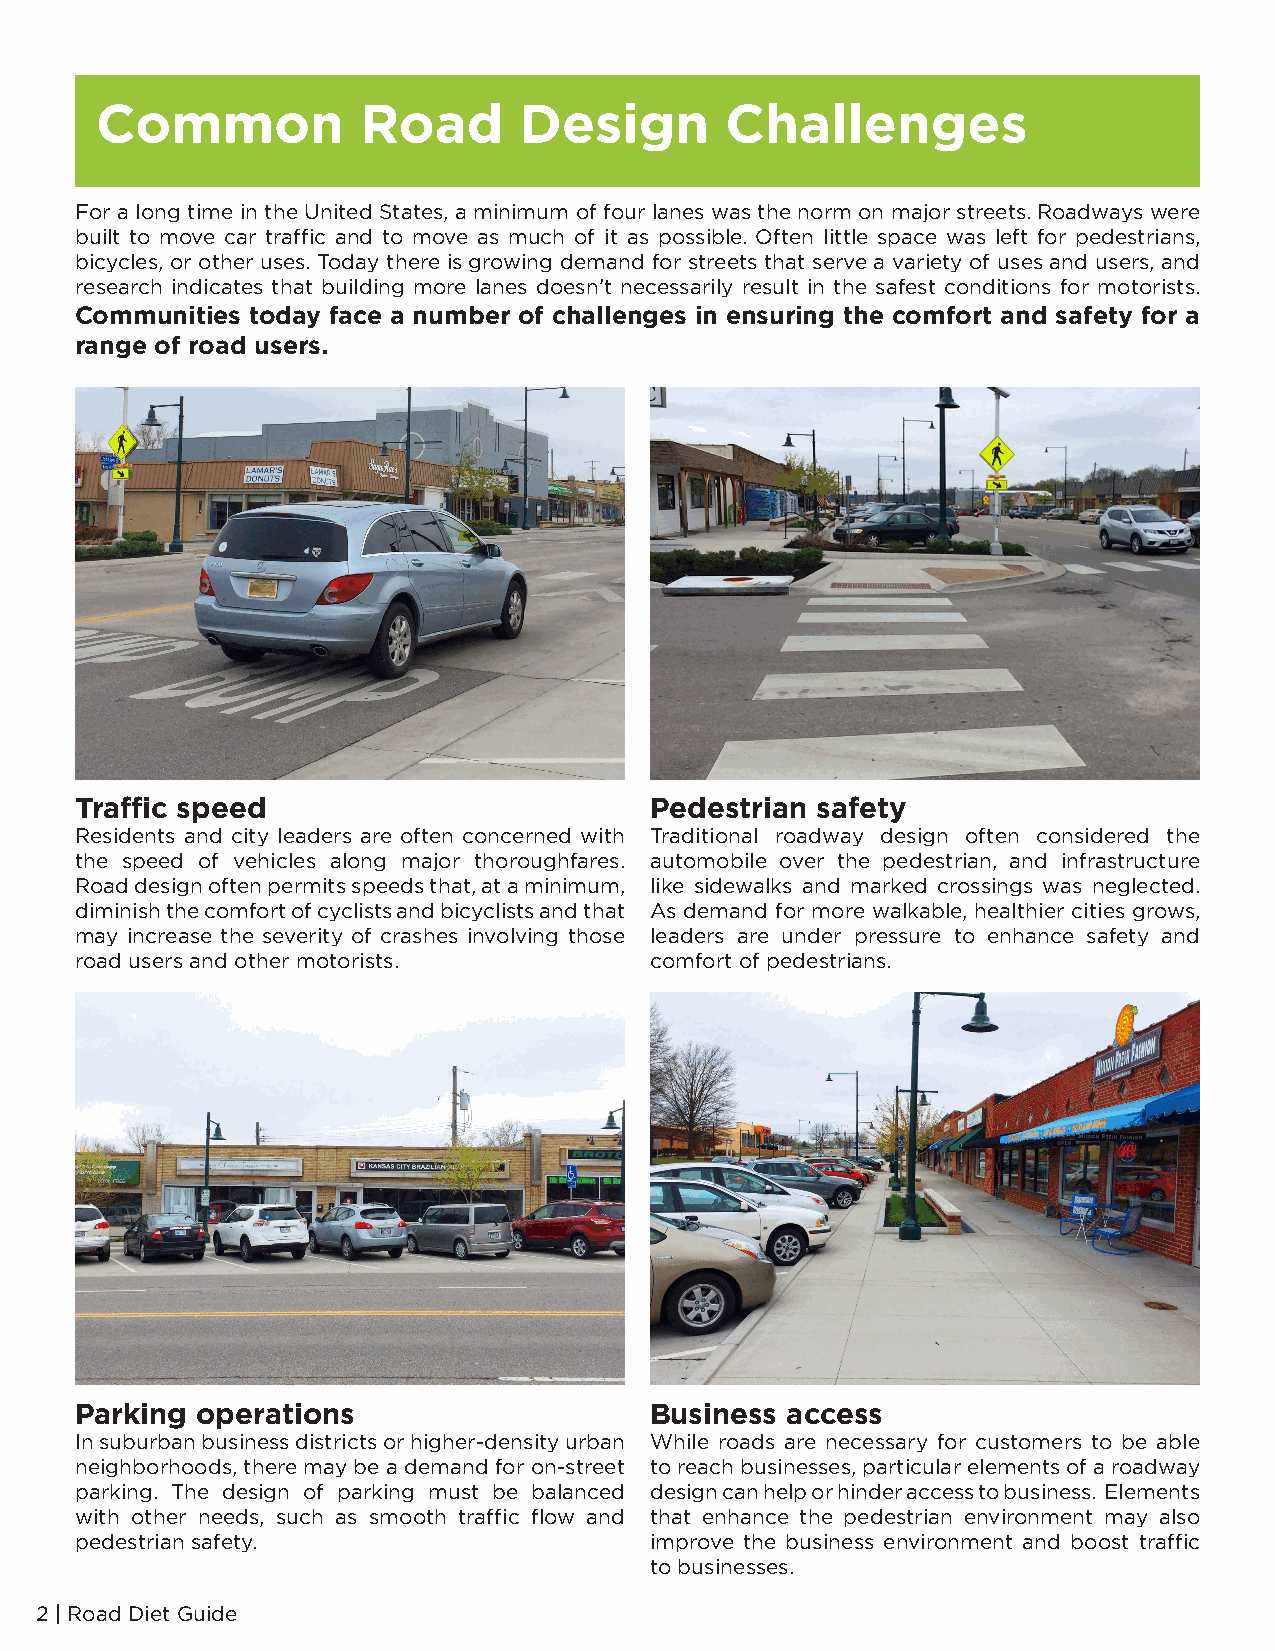
Common            Road      Design        Challenges
 For a long time in the United States, a minimum of four lanes was the norm on major streets. Roadways were
 built to move car traffic and to move as much of it as possible. Often little space was left for pedestrians,
 bicycles, or other uses. Today there is growing demand for streets that serve a variety of uses and users, and
 research indicates that building more lanes doesn’t necessarily result in the safest conditions for motorists.
 Communities today face a number of challenges in ensuring the comfort and safety for a
 range of road users.
 Traffic speed                         Pedestrian safety
 Residents and city leaders are often concerned with Traditional roadway design often considered the
 the speed of vehicles along major thoroughfares. automobile over the pedestrian, and infrastructure
 Road design often permits speeds that, at a minimum, like sidewalks and marked crossings was neglected.
 diminish the comfort of cyclists and bicyclists and that As demand for more walkable, healthier cities grows,
 may increase the severity of crashes involving those leaders are under pressure to enhance safety and
 road users and other motorists.       comfort of pedestrians.
 Parking operations                    Business access
 In suburban business districts or higher-density urban While roads are necessary for customers to be able
 neighborhoods, there may be a demand for on-street to reach businesses, particular elements of a roadway
 parking. The design of parking must be balanced design can help or hinder access to business. Elements
 with other needs, such as smooth traffic flow and that enhance the pedestrian environment may also
 pedestrian safety.                    improve the business environment and boost traffic
 to businesses.
 2 | Road Diet Guide